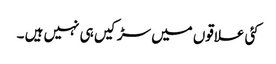
کئی علاقوں میں سڑکیں ہی نہیں ہیں ۔